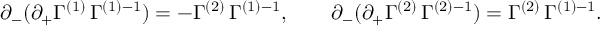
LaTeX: \partial _ { - } ( \partial _ { + } \Gamma ^ { ( 1 ) } \, \Gamma ^ { ( 1 ) - 1 } ) = - \Gamma ^ { ( 2 ) } \, \Gamma ^ { ( 1 ) - 1 } , \qquad \partial _ { - } ( \partial _ { + } \Gamma ^ { ( 2 ) } \, \Gamma ^ { ( 2 ) - 1 } ) = \Gamma ^ { ( 2 ) } \, \Gamma ^ { ( 1 ) - 1 } .